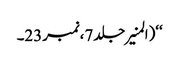
‘‘(المنیرجلد7،نمبر23۔